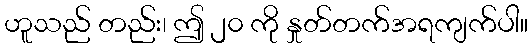
ဟူသည် တည်း၊ ဤ ၂၀ ကို နှုတ်တက်အရကျက်ပါ။